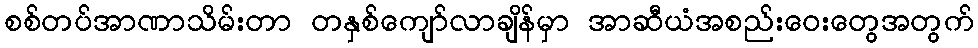
စစ်တပ်အာဏာသိမ်းတာ တနှစ်ကျော်လာချိန်မှာ အာဆီယံအစည်းဝေးတွေအတွက်